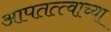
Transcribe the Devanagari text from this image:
आपतत्त्वाच्या